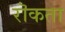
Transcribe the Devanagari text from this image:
रॊकता